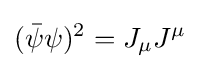
({\bar {\psi }}\psi )^{2}=J_{\mu }J^{\mu }